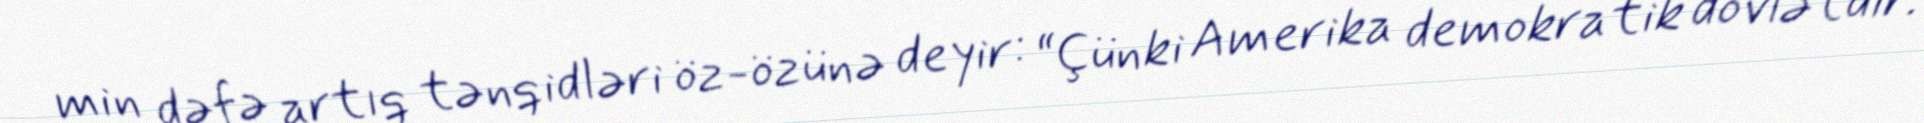
min dəfə artıq tənqidləri öz-özünə deyir: “Çünki Amerika demokratik dövlətdir.